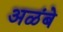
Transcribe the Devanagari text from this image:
अळंबे